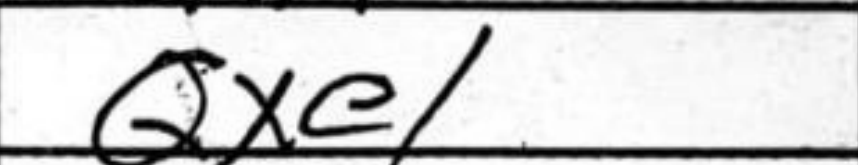
Transcription: Qxe1